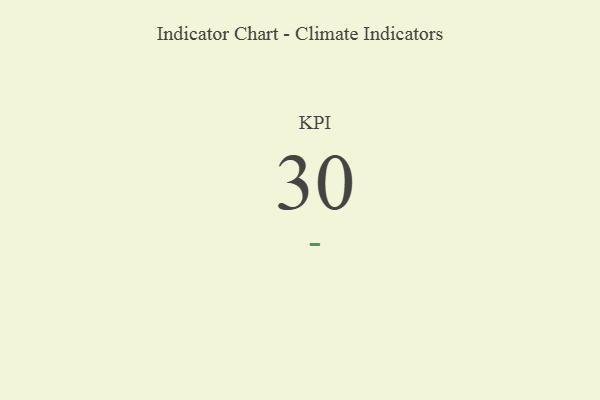
{"axis": {"x": "KPI", "y": "Value"}, "legend": [""], "data": [{"x": "KPI", "y": 30, "type": ""}]}